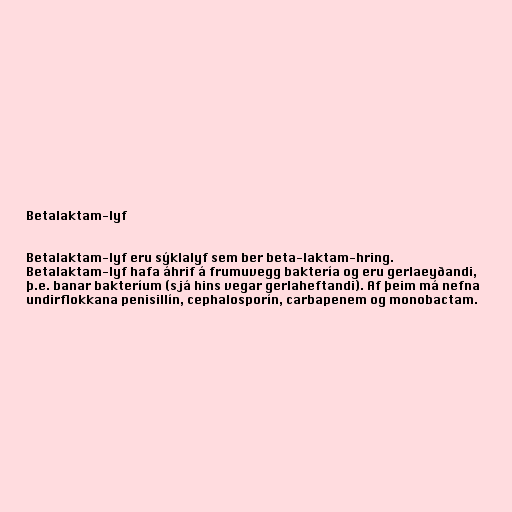
Betalaktam-lyf

Betalaktam-lyf eru sýklalyf sem ber beta-laktam-hring.
Betalaktam-lyf hafa áhrif á frumuvegg baktería og eru gerlaeyðandi,
þ.e. banar bakteríum (sjá hins vegar gerlaheftandi). Af þeim má nefna
undirflokkana penisillín, cephalosporín, carbapenem og monobactam.